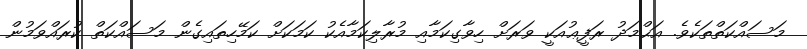
މަސައްކަތްތަކެވެ. އަޙްމަދު ރަފީޢުއަކީ ވަރަށް ހިވާގިކަމާއި މުރާލިކަމާއެކު ކަމަކަށް ކަމޭހިތައިގެން މަސައްކަތް ކުރައްވަމުން